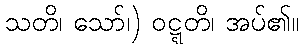
သတိ၊ သော်၊) ဝဋ္ဋတိ၊ အပ်၏။